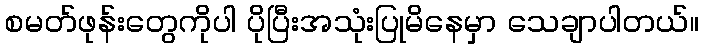
စမတ်ဖုန်းတွေကိုပါ ပိုပြီးအသုံးပြုမိနေမှာ သေချာပါတယ်။